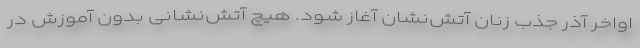
اواخر آذر جذب زنان آتش‌نشان آغاز شود. هیچ آتش‌نشانی بدون آموزش در